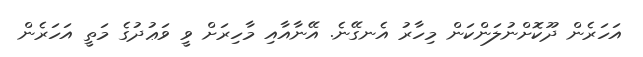
އަހަރެން ދޫކޮށްނުލަންކަން މިހާރު އެނގޭނެ. އޭނާއާއި މާހިރަށް ވީ ވަޢުދުގެ މަތީ އަހަރެން